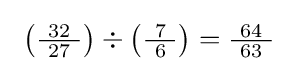
\ \left({\tfrac {\ 32\ }{27}}\right)\div \left({\tfrac {\ 7\ }{6}}\right)={\tfrac {\ 64\ }{63}}~